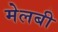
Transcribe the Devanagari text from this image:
मेलबी